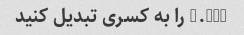
4.888 را به کسری تبدیل کنید